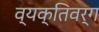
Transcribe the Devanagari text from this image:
व्यक्तिवर्ग